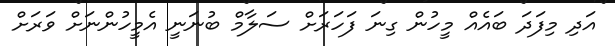
އަދި މިފަދަ ބައެއް މީހުން ގިނަ ފަހަރަށް ސަލާމް ބުނަނީ އެމީހުންނަށް ވަރަށް